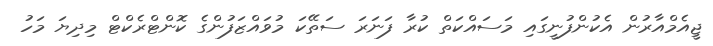
ޖީއެމްއާރުން އެކުންފުނީގައި މަސައްކަތް ކުރާ ފަނަރަ ސަތޭކަ މުވައްޒަފުންގެ ކޮންޓްރެކްޓް މިދިޔަ މަހު